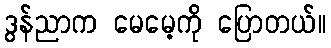
ဒွန်ညာက မေမေ့ကို ပြောတယ်။